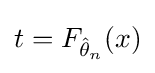
t=F_{{\hat {\theta }}_{n}}(x)